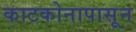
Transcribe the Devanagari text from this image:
काटकोनापासून